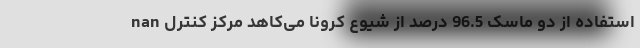
nan استفاده از دو ماسک 96.5 درصد از شیوع کرونا می‌کاهد مرکز کنترل